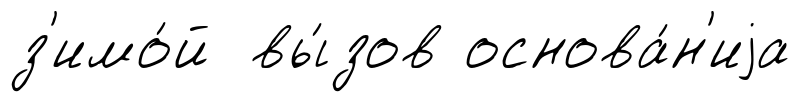
з'имо́й вы́зов основа́н'иjа